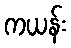
ကယန်း